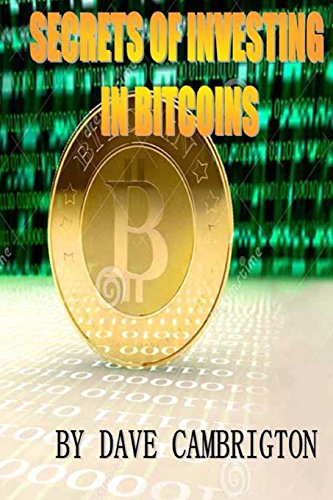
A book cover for Secrets Of Investing In Bitcoins: Engliah Version 1; Rockky Roy; Computers & Technology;